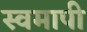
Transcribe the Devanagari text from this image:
स्वमापी